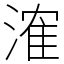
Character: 㴶